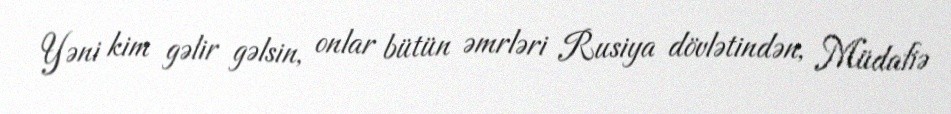
Yəni kim gəlir gəlsin, onlar bütün əmrləri Rusiya dövlətindən, Müdafiə